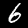
Digit: 6